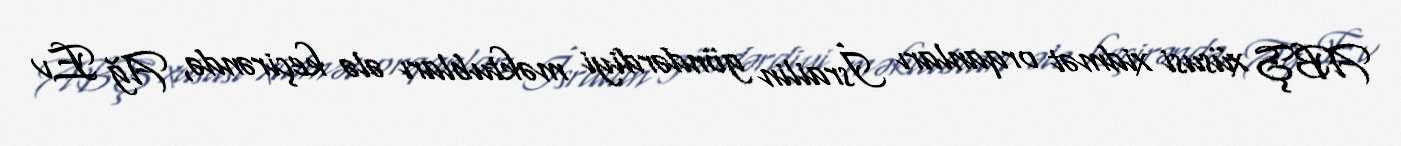
ABŞ xüsusi xidmət orqanları İsrailin göndərdiyi məktubları ələ keçirəndə, Ağ Ev